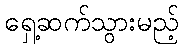
ရှေ့ဆက်သွားမည့်